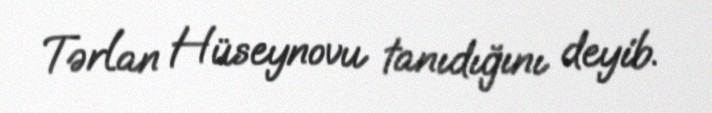
Tərlan Hüseynovu tanıdığını deyib.